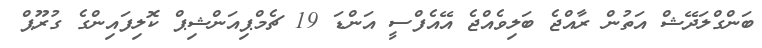
ބަންގްލަދޭޝް އަތުން ރާއްޖެ ބަލިވެއްޖެ އޭއެފްސީ އަންޑަ 19 ޗެމްޕިއަންޝިޕް ކޮލިފައިންގެ ގުރޫޕް